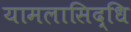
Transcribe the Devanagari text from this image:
यामलासिद्धि